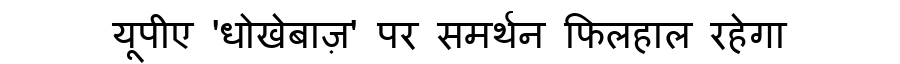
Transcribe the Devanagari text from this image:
यूपीए 'धोखेबाज़' पर समर्थन फिलहाल रहेगा